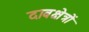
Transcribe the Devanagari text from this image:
दाबक्षेत्रों